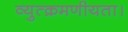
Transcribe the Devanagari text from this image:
व्युत्क्रमणीयता।